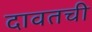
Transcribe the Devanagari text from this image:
दावतची